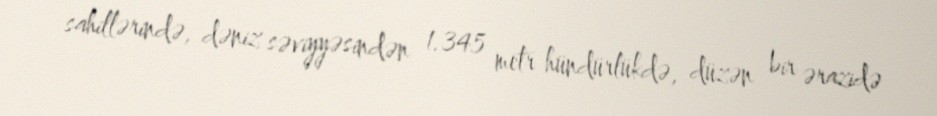
sahillərində, dəniz səviyyəsindən 1.345 metr hündürlükdə, düzən bir ərazidə